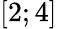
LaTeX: \left[2;4\right]